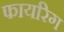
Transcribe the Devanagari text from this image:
फायरिग